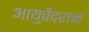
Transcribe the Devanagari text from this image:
आयुर्वेदरत्न